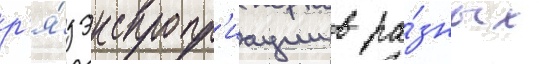
р'я́д экспропр'иации в ра́зных